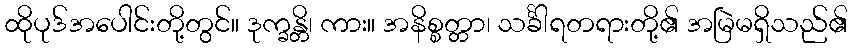
ထိုပုဒ်အပေါင်းတို့တွင်။ ဒုက္ခန္တိ၊ ကား။ အနိစ္စတ္တာ၊ သင်္ခါရတရားတို့၏ အမြဲမရှိသည်၏